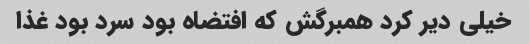
خیلی دیر کرد همبرگش که افتضاه بود سرد بود غذا